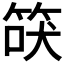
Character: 𰩾